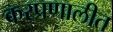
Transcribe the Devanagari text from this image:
करप्रणालीत